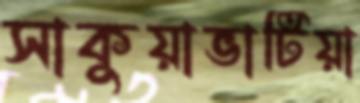
সাকুয়াভাটিয়া